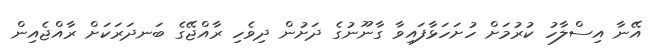
އޭނާ އިސްލާހު ކުރުމަށް ހުށަހަޅާފައިވާ ގާނޫނުގެ ދަށުން ދިވެހި ރާއްޖޭގެ ބަނދަރަކަށް ރާއްޖެއިން